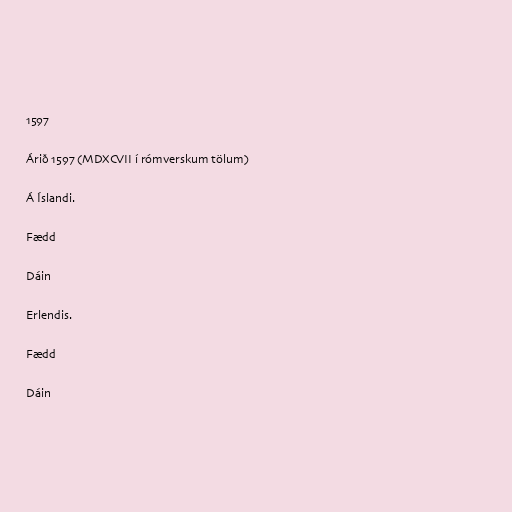
1597

Árið 1597 (MDXCVII í rómverskum tölum)

Á Íslandi.

Fædd

Dáin

Erlendis.

Fædd

Dáin